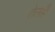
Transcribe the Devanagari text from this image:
तेलही